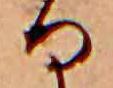
る